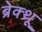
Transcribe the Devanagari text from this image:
ब्रेक्थ्रू